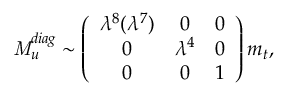
{ \it M } _ { u } ^ { d i a g } \sim \left( \begin{array} { c c r } { { \lambda ^ { 8 } ( \lambda ^ { 7 } ) } } & { { 0 } } & { { 0 } } \\ { { 0 } } & { { \lambda ^ { 4 } } } & { { 0 } } \\ { { 0 } } & { { 0 } } & { { 1 } } \end{array} \right) m _ { t } ,